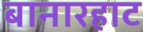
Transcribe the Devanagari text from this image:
बानारहाट